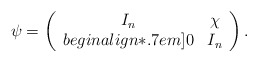
\begin{align*}\psi = \left( \begin{array}{cc}I_n & \chi \\begin{align*}.7em]0 & I_n\end{array} \right).\end{align*}